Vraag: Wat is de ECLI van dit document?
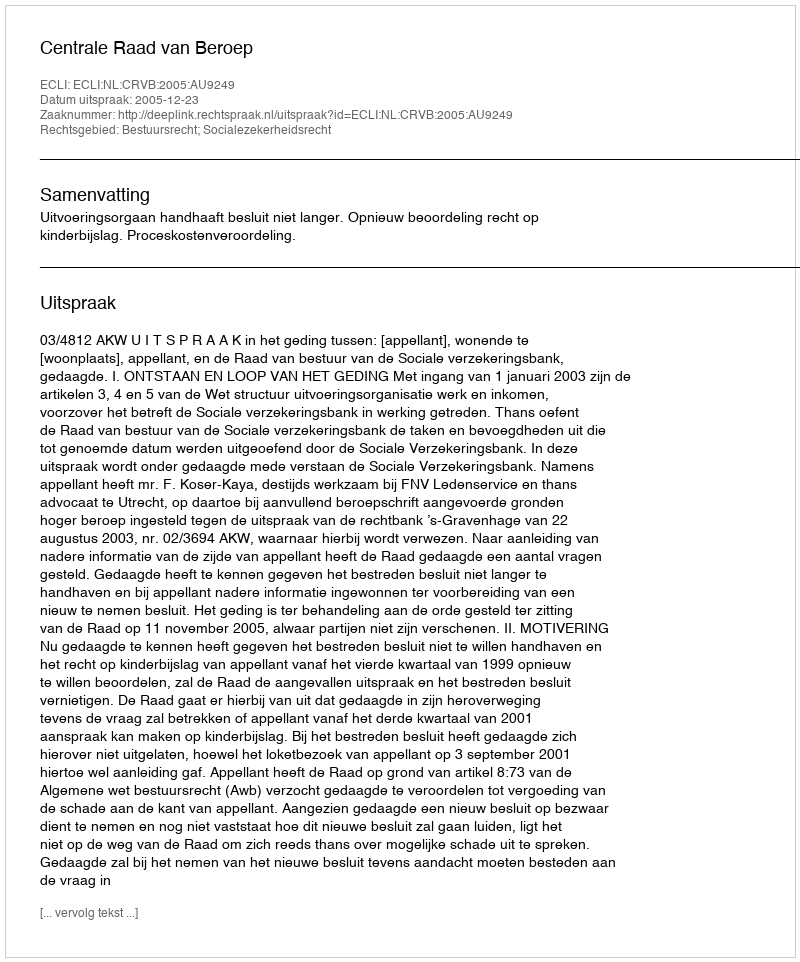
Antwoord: ECLI:NL:CRVB:2005:AU9249